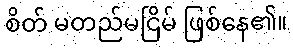
စိတ် မတည်မငြိမ် ဖြစ်နေ၏။